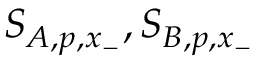
S _ { A , p , x _ { - } } , S _ { B , p , x _ { - } }